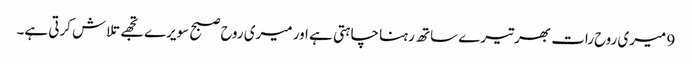
9 میری روح رات بھر تیرے ساتھ رہنا چاہتی ہے اور میری روح صبح سویرے تجھے تلاش کرتی ہے۔